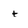
Character: t